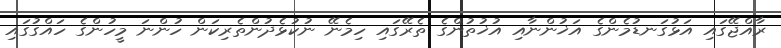
ރާއްޖޭގައި އަޅުގަނޑުމެންގެ އަޚުންނާއި އުޚުތުންގެ ތެރޭގައި ހިމެނޭ ނުކުޅެދުންތެރިކަން ހުންނަ މީހުންގެ ހައްގުގައި